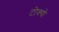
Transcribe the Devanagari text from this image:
टोक्‍यो